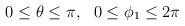
\begin{align*}0 \leq \theta \leq \pi,\ \ 0 \leq \phi_1 \leq 2\pi\end{align*}